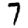
Digit: 7